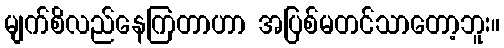
မျက်စိလည်နေကြတာဟာ အပြစ်မတင်သာတော့ဘူး။